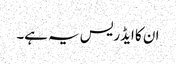
ان کا ایڈریس یہ ہے۔